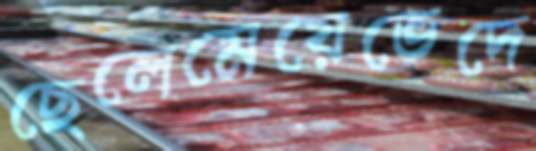
ছেলেমেয়েভেদে